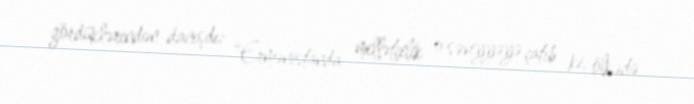
gördüklərindən danışdı: “Ermənistanda millətçilik o səviyyəyə çatıb ki, ölkədə